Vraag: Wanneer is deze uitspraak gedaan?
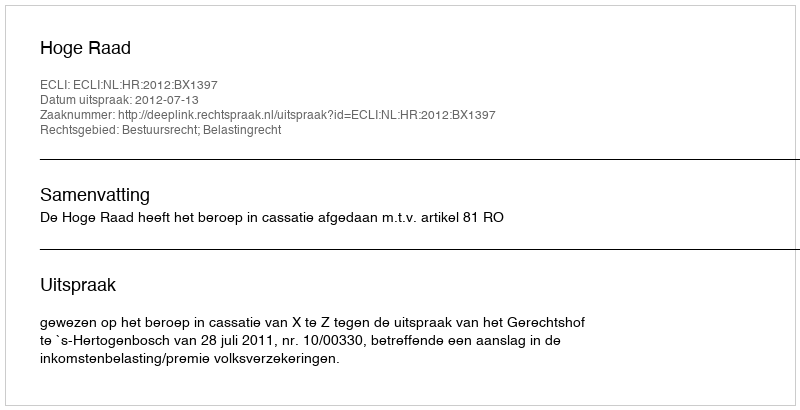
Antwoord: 2012-07-13